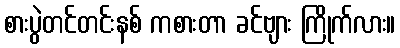
စားပွဲတင်တင်းနစ် ကစားတာ ခင်ဗျား ကြိုက်လား။